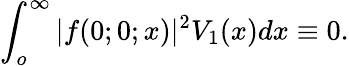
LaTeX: \int_{o}^{\infty}|f(0;0;x)|^{2}V_{1}(x)dx\equiv 0.